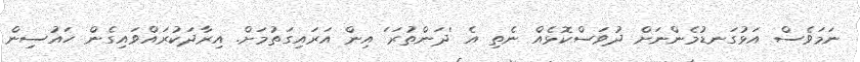
ނަމަވެސް އަޅުގަނޑުމެންނަށް ދުވަސްކޮޅެއް ނެތި އެ 'ދަންތުރަ' އިން އަރައިގަތުމަށް. އިރާދަކުރައްވައިގެން ހައުސިން